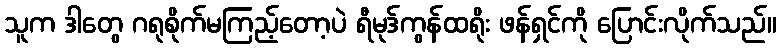
သူက ဒါတွေ ဂရုစိုက်မကြည့်တော့ပဲ ရီမုဒ်ကွန်ထရိုး ဖန်ရှင်ကို ပြောင်းလိုက်သည်။